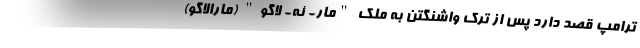
ترامپ قصد دارد پس از ترک واشنگتن به ملک "مار- ئه- لاگو" (مارالاگو)